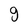
Character: g